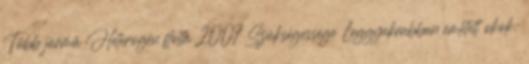
Több jármű Heterogén flotta 2007 Szükségessége Leggyakrabban említett okok: